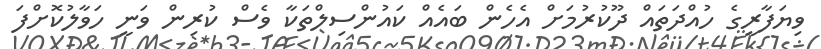
ވިޔަފާރީގެ ހުއްދަތައް ދޫކުރުމަށް އެހެން ބައެއް ކައުންސިލްތަކާ ވެސް ކުރިން ވަނީ ހަވާލުކޮށްފަ